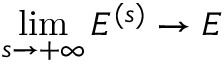
\operatorname* { l i m } _ { s \rightarrow + \infty } { { E } ^ { ( s ) } } \rightarrow { E }